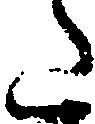
た